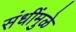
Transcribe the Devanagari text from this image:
संधींमुळे